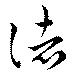
諸